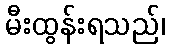
မီးထွန်းရသည်၊